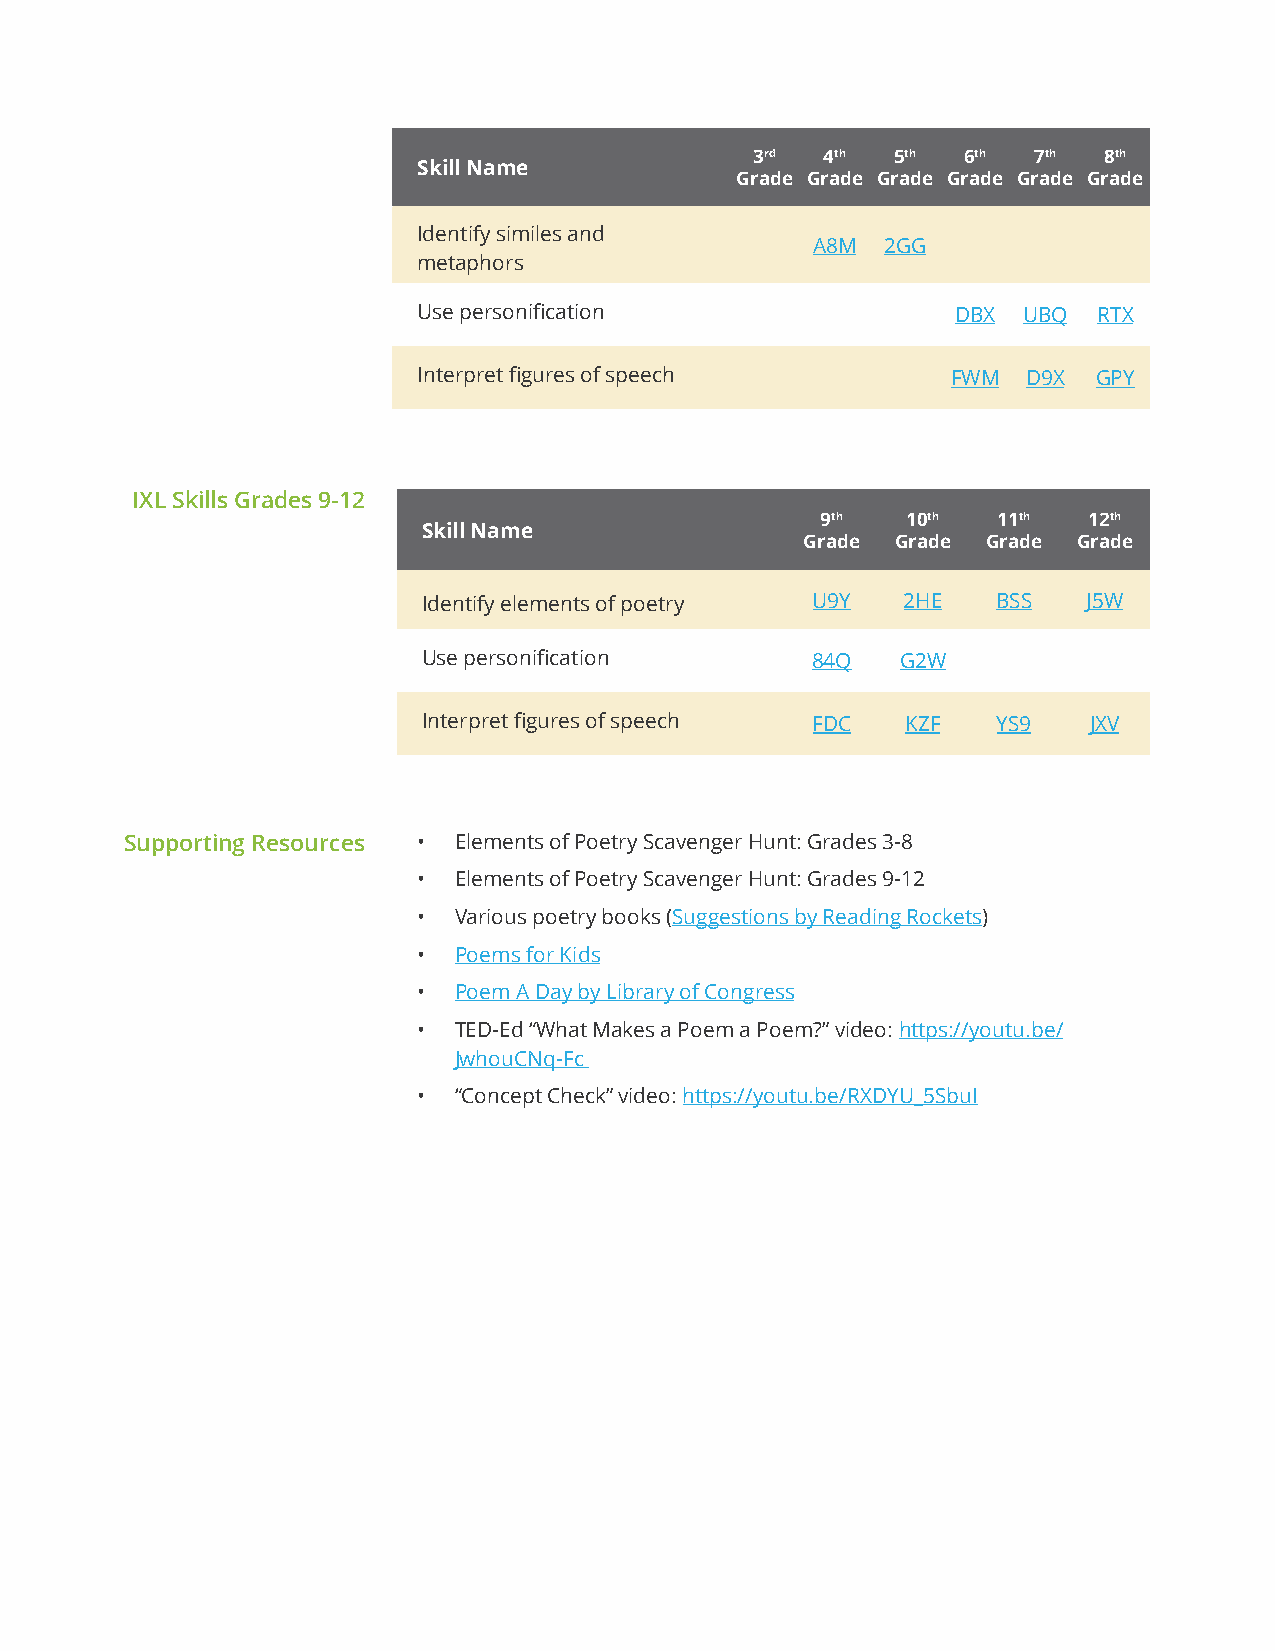
3rd  4th 5th  6th 7th  8th
 Skill Name
 Grade Grade Grade Grade Grade Grade
 Identify similes and
 A8M  2GG
 metaphors
 Use personification                DBX  UBQ  RTX
 Interpret figures of speech        FWM  D9X  GPY
 IXL Skills Grades 9-12
 9th   10th  11th  12th
 Skill Name
 Grade Grade Grade Grade
 Identify elements of poetry U9Y 2HE   BSS   J5W
 Use personification       84Q   G2W
 Interpret figures of speech FDC KZF   YS9   JXV
 Supporting Resources • Elements of Poetry Scavenger Hunt: Grades 3-8
 • Elements of Poetry Scavenger Hunt: Grades 9-12
 • Various poetry books (Suggestions by Reading Rockets)
 • Poems for Kids
 • Poem A Day by Library of Congress
 • TED-Ed “What Makes a Poem a Poem?” video: https://youtu.be/
 JwhouCNq-Fc
 • “Concept Check” video: https://youtu.be/RXDYU_5SbuI